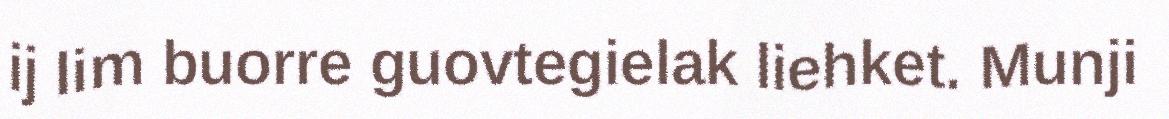
ij lim buorre guovtegielak liehket. Munji